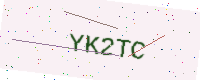
Text: YK2TC